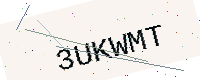
Text: 3UKWMT